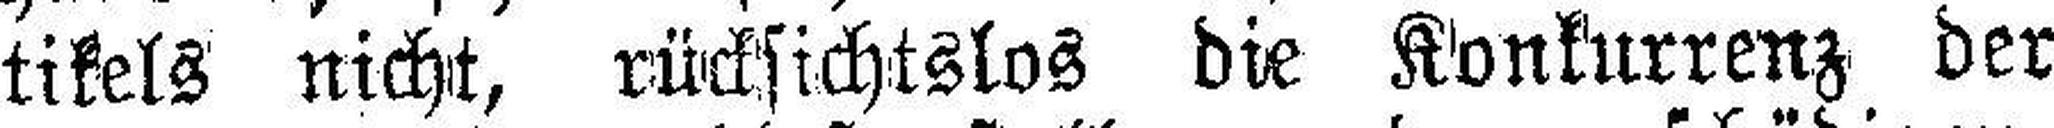
tikels nicht, rücksichtslos die Konkurrenz der